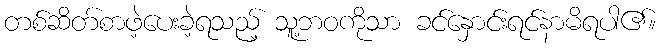
တစ်ဆိတ်စာဖဲ့ပေးခဲ့ရသည့် သူ့ဘဝကိုသာ ခင်နှောင်းရင်နာမိရပါ၏။